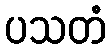
ပသတံ